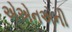
એએનએની